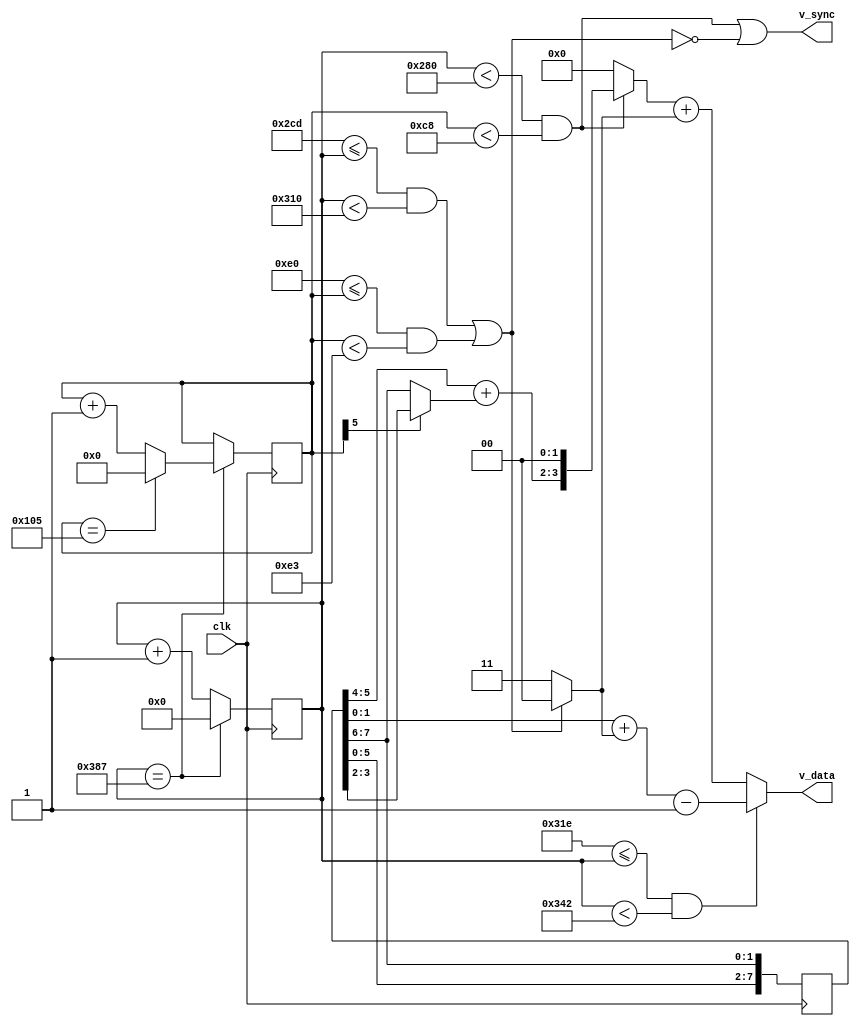
module ntsc_gen(clk,v_sync,v_data);
parameter DATA_BITS = 4;
input clk;
output reg [DATA_BITS-1:0] v_data;
output v_sync;
wire [DATA_BITS-1:0] data;
wire [DATA_BITS-1:0] sync;
reg [9:0] xpos = 0;
reg [8:0] ypos = 0;
reg [3:0] counter = 0;
reg [7:0] colorburst = 8'b01100100;
always @(posedge clk) begin
    colorburst <= {colorburst[5:0],colorburst[7:6]};
    if(xpos == 903) begin
        xpos <= 0;
        if(ypos == 261)
            ypos <= 0;
        else
            ypos <= ypos + 1;
    end
    else
        xpos <= xpos + 1;
end
wire active = xpos < 640 && ypos < 200;
wire hsync  = 717 <= xpos && xpos < 784;
wire vsync  = 224 <= ypos && ypos < 227;
wire burst  = 798 <= xpos && xpos < 834 ;
assign data = active ? {colorburst[5:4] + (ypos[5] ? colorburst[3:2] : colorburst[7:6]),2'b0} :0;
assign sync = (!(hsync || vsync)) ? 4'b0011 : 4'b0000;
assign v_sync = active || !(hsync || vsync);
always @*
    if(burst)
        v_data = colorburst[1:0] + sync - 1;
    else
        v_data <= data + sync;
endmodule